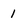
Character: 1